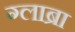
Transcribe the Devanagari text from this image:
ग्लाब्रा